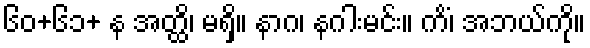
၆၀+၆၁+ န အတ္ထိ၊ မရှိ။ နာဂ၊ နဂါးမင်း။ ကိံ၊ အဘယ်ကို။